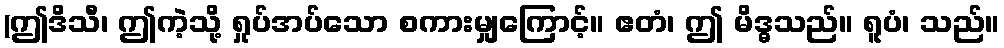
(ဤဒိသီ၊ ဤကဲ့သို့ ရှုပ်အပ်သော စကားမျှကြောင့်။ ဧတံ၊ ဤ မိဒ္ဓသည်။ ရူပံ၊ သည်။